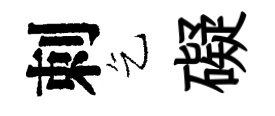
刺乞礙